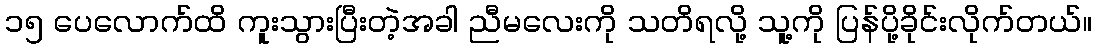
၁၅ ပေလောက်ထိ ကူးသွားပြီးတဲ့အခါ ညီမလေးကို သတိရလို့ သူ့ကို ပြန်ပို့ခိုင်းလိုက်တယ်။